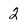
Character: 2